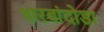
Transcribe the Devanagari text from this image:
धारबांदोडा